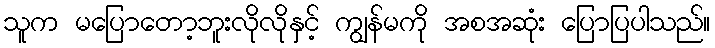
သူက မပြောတော့ဘူးလိုလိုနှင့် ကျွန်မကို အစအဆုံး ပြောပြပါသည်။